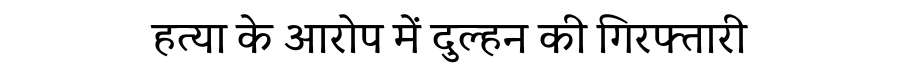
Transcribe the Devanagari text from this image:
हत्या के आरोप में दुल्हन की गिरफ्तारी